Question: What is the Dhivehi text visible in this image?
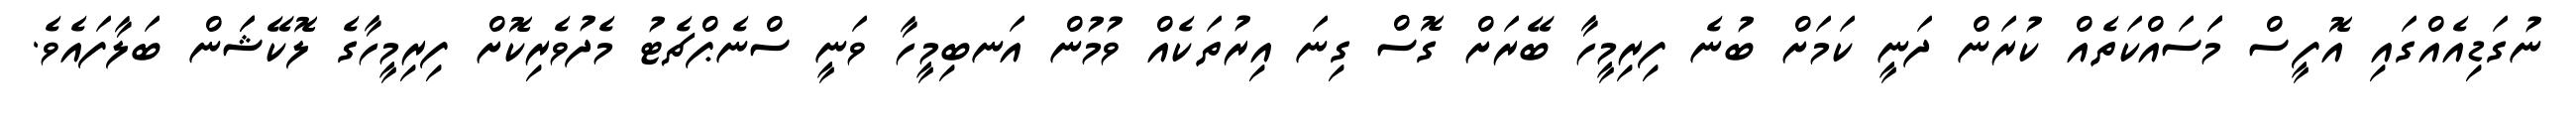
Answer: ނުގަޑިއެއްގައި އޮފީސް މަަސައްކަތެއް ކުރަން ދަނީ ކަމަށް ބުނެ ފިރިމީހާ ބޭރަށް ގޮސް ގިނަ އިރުތަކެއް ވުމުން އަނބިމީހާ ވަނީ ސްނެޕްޗެޓު މެދުވެރިކޮށް ފިރިމީހާގެ ލޮކޭޝަަން ބަލާފައެވެ.